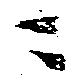
ニ